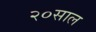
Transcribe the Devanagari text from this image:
२०साल